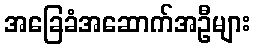
အခြေခံအဆောက်အဦများ